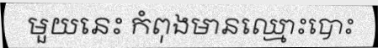
មួយនេះ កំពុងមានឈ្មោះបោះ